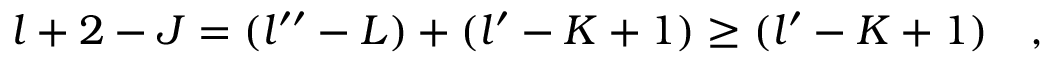
l + 2 - J = ( l ^ { \prime \prime } - L ) + ( l ^ { \prime } - K + 1 ) \geq ( l ^ { \prime } - K + 1 ) \quad ,